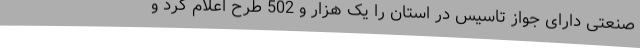
صنعتی دارای جواز تاسیس در استان را یک هزار و 502 طرح اعلام کرد و